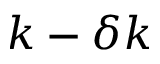
k - \delta k